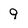
Character: 9